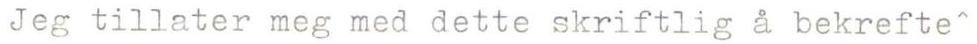
Jeg tillater meg med dette skriftlig å bekrefteˆ